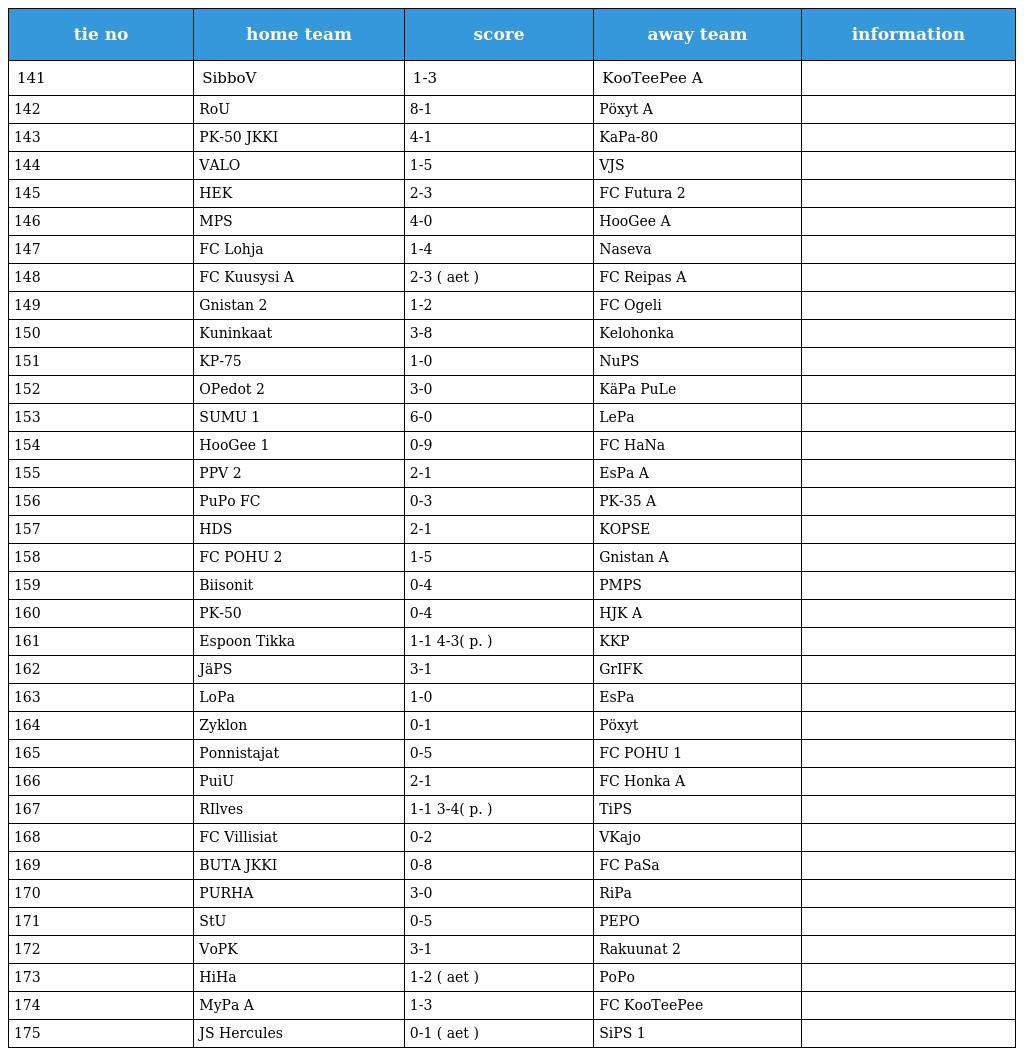
| tie no | home team | score | away team | information |
 | --- | --- | --- | --- | --- |
 | 141 | SibboV | 1-3 | KooTeePee A |  |
 | 142 | RoU | 8-1 | Pöxyt A |  |
 | 143 | PK-50 JKKI | 4-1 | KaPa-80 |  |
 | 144 | VALO | 1-5 | VJS |  |
 | 145 | HEK | 2-3 | FC Futura 2 |  |
 | 146 | MPS | 4-0 | HooGee A |  |
 | 147 | FC Lohja | 1-4 | Naseva |  |
 | 148 | FC Kuusysi A | 2-3 ( aet ) | FC Reipas A |  |
 | 149 | Gnistan 2 | 1-2 | FC Ogeli |  |
 | 150 | Kuninkaat | 3-8 | Kelohonka |  |
 | 151 | KP-75 | 1-0 | NuPS |  |
 | 152 | OPedot 2 | 3-0 | KäPa PuLe |  |
 | 153 | SUMU 1 | 6-0 | LePa |  |
 | 154 | HooGee 1 | 0-9 | FC HaNa |  |
 | 155 | PPV 2 | 2-1 | EsPa A |  |
 | 156 | PuPo FC | 0-3 | PK-35 A |  |
 | 157 | HDS | 2-1 | KOPSE |  |
 | 158 | FC POHU 2 | 1-5 | Gnistan A |  |
 | 159 | Biisonit | 0-4 | PMPS |  |
 | 160 | PK-50 | 0-4 | HJK A |  |
 | 161 | Espoon Tikka | 1-1 4-3( p. ) | KKP |  |
 | 162 | JäPS | 3-1 | GrIFK |  |
 | 163 | LoPa | 1-0 | EsPa |  |
 | 164 | Zyklon | 0-1 | Pöxyt |  |
 | 165 | Ponnistajat | 0-5 | FC POHU 1 |  |
 | 166 | PuiU | 2-1 | FC Honka A |  |
 | 167 | RIlves | 1-1 3-4( p. ) | TiPS |  |
 | 168 | FC Villisiat | 0-2 | VKajo |  |
 | 169 | BUTA JKKI | 0-8 | FC PaSa |  |
 | 170 | PURHA | 3-0 | RiPa |  |
 | 171 | StU | 0-5 | PEPO |  |
 | 172 | VoPK | 3-1 | Rakuunat 2 |  |
 | 173 | HiHa | 1-2 ( aet ) | PoPo |  |
 | 174 | MyPa A | 1-3 | FC KooTeePee |  |
 | 175 | JS Hercules | 0-1 ( aet ) | SiPS 1 |  |